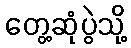
တွေ့ဆုံပွဲသို့